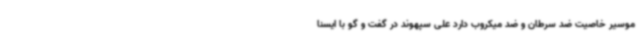
موسیر خاصیت ضد سرطان و ضد میکروب دارد علی سپهوند در گفت و گو با ایسنا